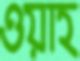
ওয়াহ